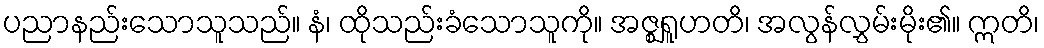
ပညာနည်းသောသူသည်။ နံ၊ ထိုသည်းခံသောသူကို။ အဇ္ဈရူဟတိ၊ အလွန်လွှမ်းမိုး၏။ ဣတိ၊